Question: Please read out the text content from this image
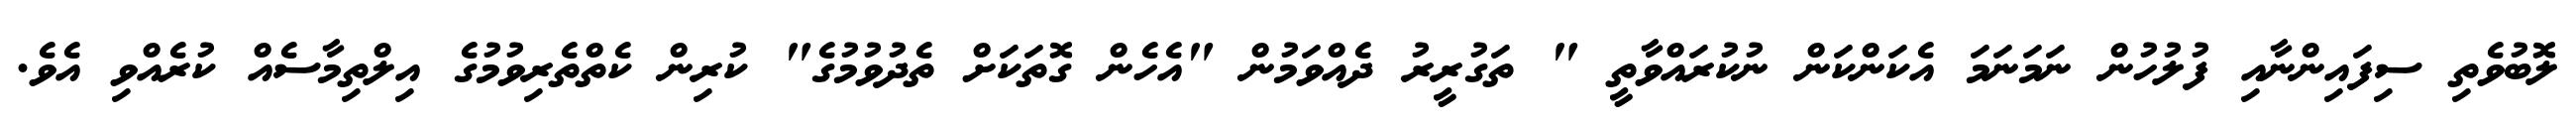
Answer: ލޮބުވެތި ސިފައިންނާއި ފުލުހުން ނަމަނަމަ އެކަންކަން ނުކުރައްވާތީ " ތަގުރީރު ދެއްވަމުން "އެހެން ގޮތަކަށް ތެދުވުމުގެ" ކުރިން ކެތްތެރިވުމުގެ އިލްތިމާސެއް ކުރެއްވި އެވެ.